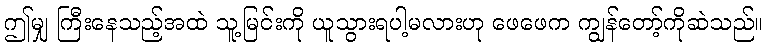
ဤမျှ ကြီးနေသည့်အထဲ သူ့မြင်းကို ယူသွားရပါ့မလားဟု ဖေဖေက ကျွန်တော့်ကိုဆဲသည်။